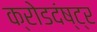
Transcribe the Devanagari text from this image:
क्रोडदंष्ट्र